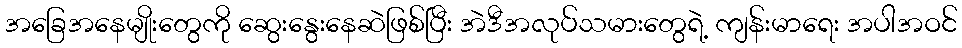
အခြေအနေမျိုးတွေကို ဆွေးနွေးနေဆဲဖြစ်ပြီး အဲဒီအလုပ်သမားတွေရဲ့ ကျန်းမာရေး အပါအဝင်